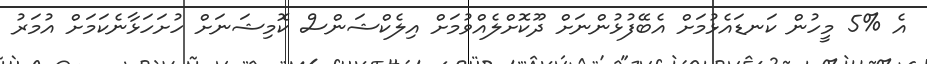
އެ %5 މީހުން ކަނޑައެޅުމަށް އެބޭފުޅުންނަށް ދޫކޮށްލެއްވުމަށް އިލެކްޝަންސް ކޮމިޝަނަށް ހުށަހަޅާނެކަމަށް އުމަރު